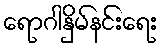
ရောဂါနှိမ်နင်းရေး